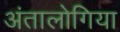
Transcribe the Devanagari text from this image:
अंतालोगिया